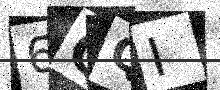
Text: 6QQI